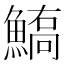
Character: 𩺙